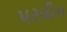
પરવીન